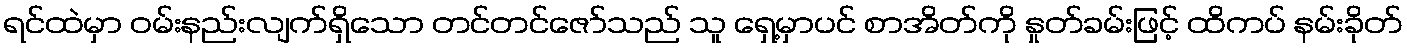
ရင်ထဲမှာ ဝမ်းနည်းလျက်ရှိသော တင်တင်ဇော်သည် သူ ရှေ့မှာပင် စာအိတ်ကို နှုတ်ခမ်းဖြင့် ထိကပ် နမ်းခိုတ်